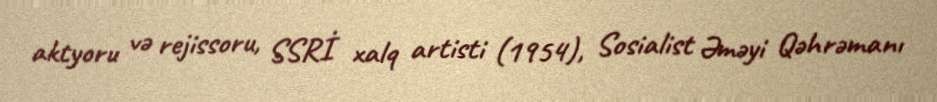
aktyoru və rejissoru, SSRİ xalq artisti (1954), Sosialist Əməyi Qəhrəmanı